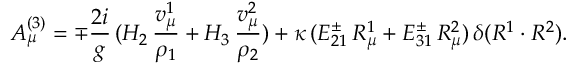
A _ { \mu } ^ { ( 3 ) } = \mp { \frac { 2 i } { g } } \, ( H _ { 2 } \, { \frac { v _ { \mu } ^ { 1 } } { \rho _ { 1 } } } + H _ { 3 } \, { \frac { v _ { \mu } ^ { 2 } } { \rho _ { 2 } } } ) + \kappa \, ( E _ { 2 1 } ^ { \pm } \, R _ { \mu } ^ { 1 } + E _ { 3 1 } ^ { \pm } \, R _ { \mu } ^ { 2 } ) \, \delta ( R ^ { 1 } \cdot R ^ { 2 } ) .